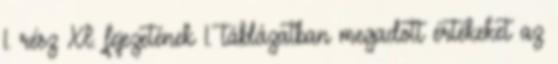
1. rész XI. fejezetének 1. táblázatban megadott értékeket az